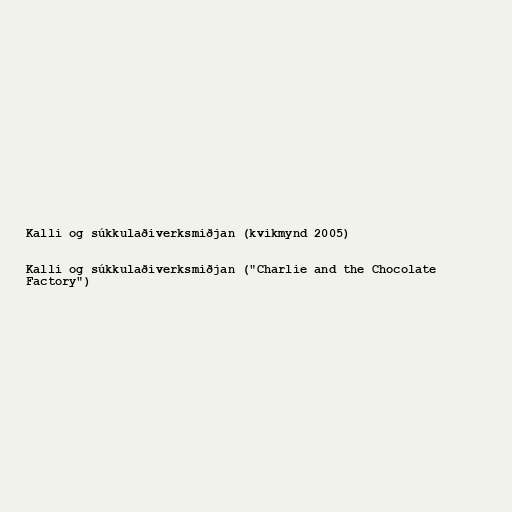
Kalli og súkkulaðiverksmiðjan (kvikmynd 2005)

Kalli og súkkulaðiverksmiðjan ("Charlie and the Chocolate
Factory")